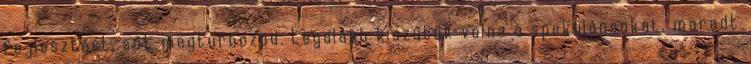
fejlesztést, sőt megturbózod. Legalább kiszűtük volna a spekulánsokat, maradt